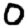
Digit: 0